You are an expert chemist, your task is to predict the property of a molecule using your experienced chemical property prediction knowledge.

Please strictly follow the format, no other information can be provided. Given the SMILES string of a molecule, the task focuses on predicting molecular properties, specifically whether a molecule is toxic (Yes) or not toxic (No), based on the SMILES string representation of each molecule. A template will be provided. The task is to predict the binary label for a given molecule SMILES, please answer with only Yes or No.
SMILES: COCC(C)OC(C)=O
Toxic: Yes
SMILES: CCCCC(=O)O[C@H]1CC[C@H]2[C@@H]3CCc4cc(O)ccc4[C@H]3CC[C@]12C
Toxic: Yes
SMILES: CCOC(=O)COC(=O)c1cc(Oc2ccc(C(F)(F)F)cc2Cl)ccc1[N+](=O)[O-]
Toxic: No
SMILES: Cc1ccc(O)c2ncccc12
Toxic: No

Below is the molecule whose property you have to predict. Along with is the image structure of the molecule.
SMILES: CCCCC(=O)OCC(=O)[C@H]1[C@H](C)C[C@H]2[C@@H]3C[C@H](F)C4=CC(=O)C=C[C@]4(C)[C@@]3(F)[C@@H](O)C[C@@]21C
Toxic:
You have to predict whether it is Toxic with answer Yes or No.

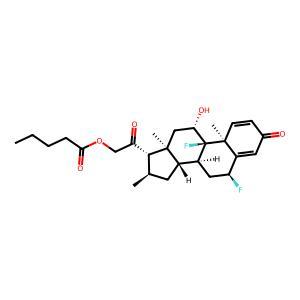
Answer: Yes